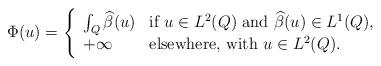
LaTeX: \begin{align*}\Phi(u)=\left\{ \begin{array}{ll}\int_Q{\widehat{\beta}(u)} & \textrm{if $u \in L^2(Q)$ and $\widehat{\beta}(u) \in L^1(Q)$}, \\+ \infty & \textrm{elsewhere, with $u \in L^2(Q)$.}\end{array}\right.\end{align*}